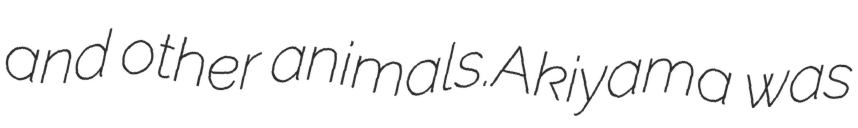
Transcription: and other animals.Akiyama was